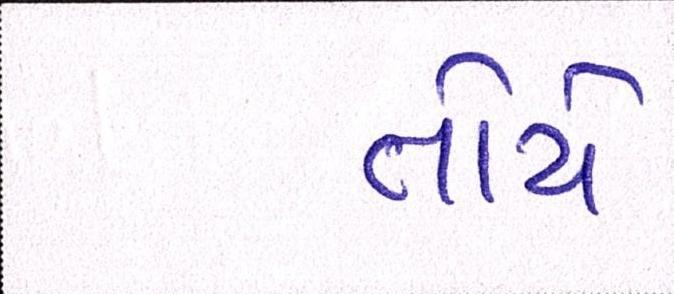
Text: તોયે